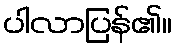
ပါလာပြန်၏။